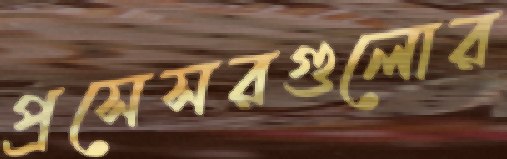
প্রসেসরগুলোর